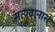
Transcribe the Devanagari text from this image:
सत्यवानास